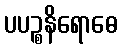
ပပဉ္စနိရောဓေ